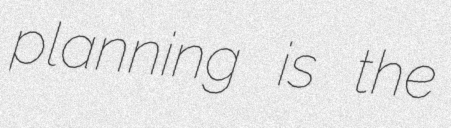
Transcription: planning is the